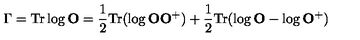
\Gamma = \mathrm { T r } \log { \bf O } = \frac { 1 } { 2 } \mathrm { T r } ( \log { \bf O } { \bf O } ^ { + } ) + \frac { 1 } { 2 } \mathrm { T r } ( \log { \bf O } - \log { \bf O } ^ { + } )